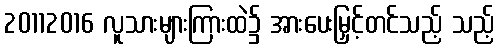
20112016 လူသားများကြားထဲ၌ အားပေးမြှင့်တင်သည့် သည့်